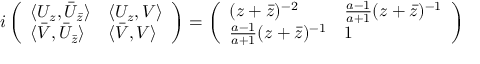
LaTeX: i \left( \begin{array} { l l } { { \langle U _ { z } , \bar { U } _ { \bar { z } } \rangle } } & { { \langle U _ { z } , V \rangle } } \\ { { \langle \bar { V } , \bar { U } _ { \bar { z } } \rangle } } & { { \langle \bar { V } , V \rangle } } \end{array} \right) = \left( \begin{array} { l l } { { ( z + \bar { z } ) ^ { - 2 } } } & { { \frac { a - 1 } { a + 1 } ( z + \bar { z } ) ^ { - 1 } } } \\ { { \frac { a - 1 } { a + 1 } ( z + \bar { z } ) ^ { - 1 } } } & { { 1 } } \end{array} \right)